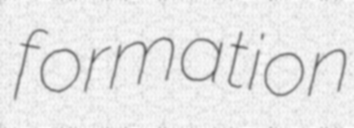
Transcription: formation